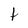
Character: t